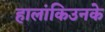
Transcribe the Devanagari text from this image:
हालांकिउनके